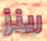
رينز